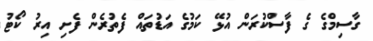
ގާސިމްގެ ގެ ފާސްކުރަން އުޅޭ ކަމުގެ އަޑުތައް ފެތުރެން ފެށި އިރު ކޯޓު